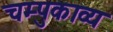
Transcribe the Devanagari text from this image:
चम्पुकाव्य